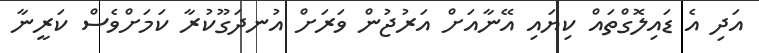
އަދި އެ ޑައިލޮގްތައް ކިޔައި އޭނާއަށް އަރުޖުން ވަރަށް އުނދަގޫކުރާ ކަމަށްވެސް ކަރީނާ